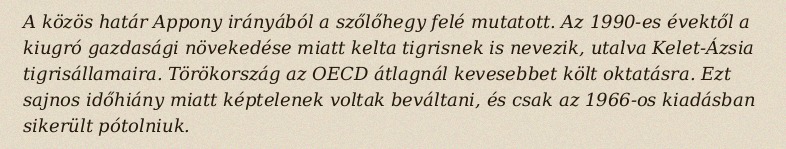
A közös határ Appony irányából a szőlőhegy felé mutatott. Az 1990-es évektől a kiugró gazdasági növekedése miatt kelta tigrisnek is nevezik, utalva Kelet-Ázsia tigrisállamaira. Törökország az OECD átlagnál kevesebbet költ oktatásra. Ezt sajnos időhiány miatt képtelenek voltak beváltani, és csak az 1966-os kiadásban sikerült pótolniuk.